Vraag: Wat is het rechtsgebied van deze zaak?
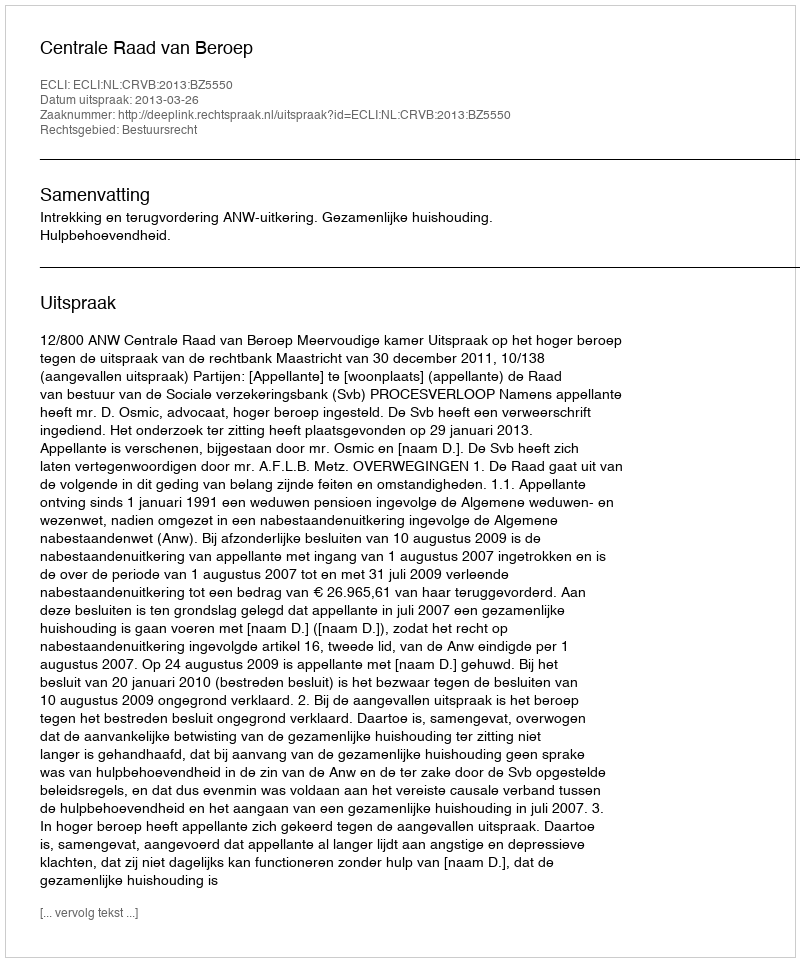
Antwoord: Bestuursrecht